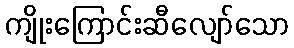
ကျိုးကြောင်းဆီလျော်သော